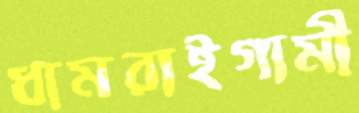
ধামরাইগামী